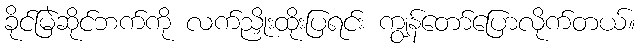
ခိုင်မြဲဆိုင်ဘက်ကို လက်ညှိုးထိုးပြရင်း ကျွန်တော်ပြောလိုက်တယ်။